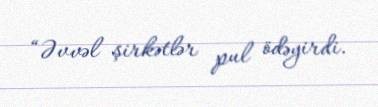
“Əvvəl şirkətlər pul ödəyirdi.